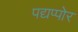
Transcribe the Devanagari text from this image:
पद्यप्पोर